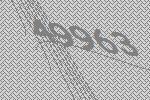
49963